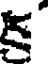
క